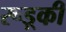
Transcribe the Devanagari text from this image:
रूड़्की